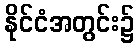
နိုင်ငံအတွင်း၌